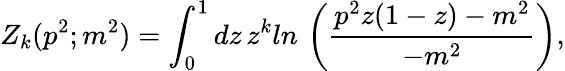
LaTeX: Z_{k}(p^{2};m^{2})=\int_{0}^{1}dz\, z^{k}ln\, \left({\frac{p^{2}z(1-z)-m^{2}}{-m^{2}}}\right),